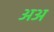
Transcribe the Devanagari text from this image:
अअ